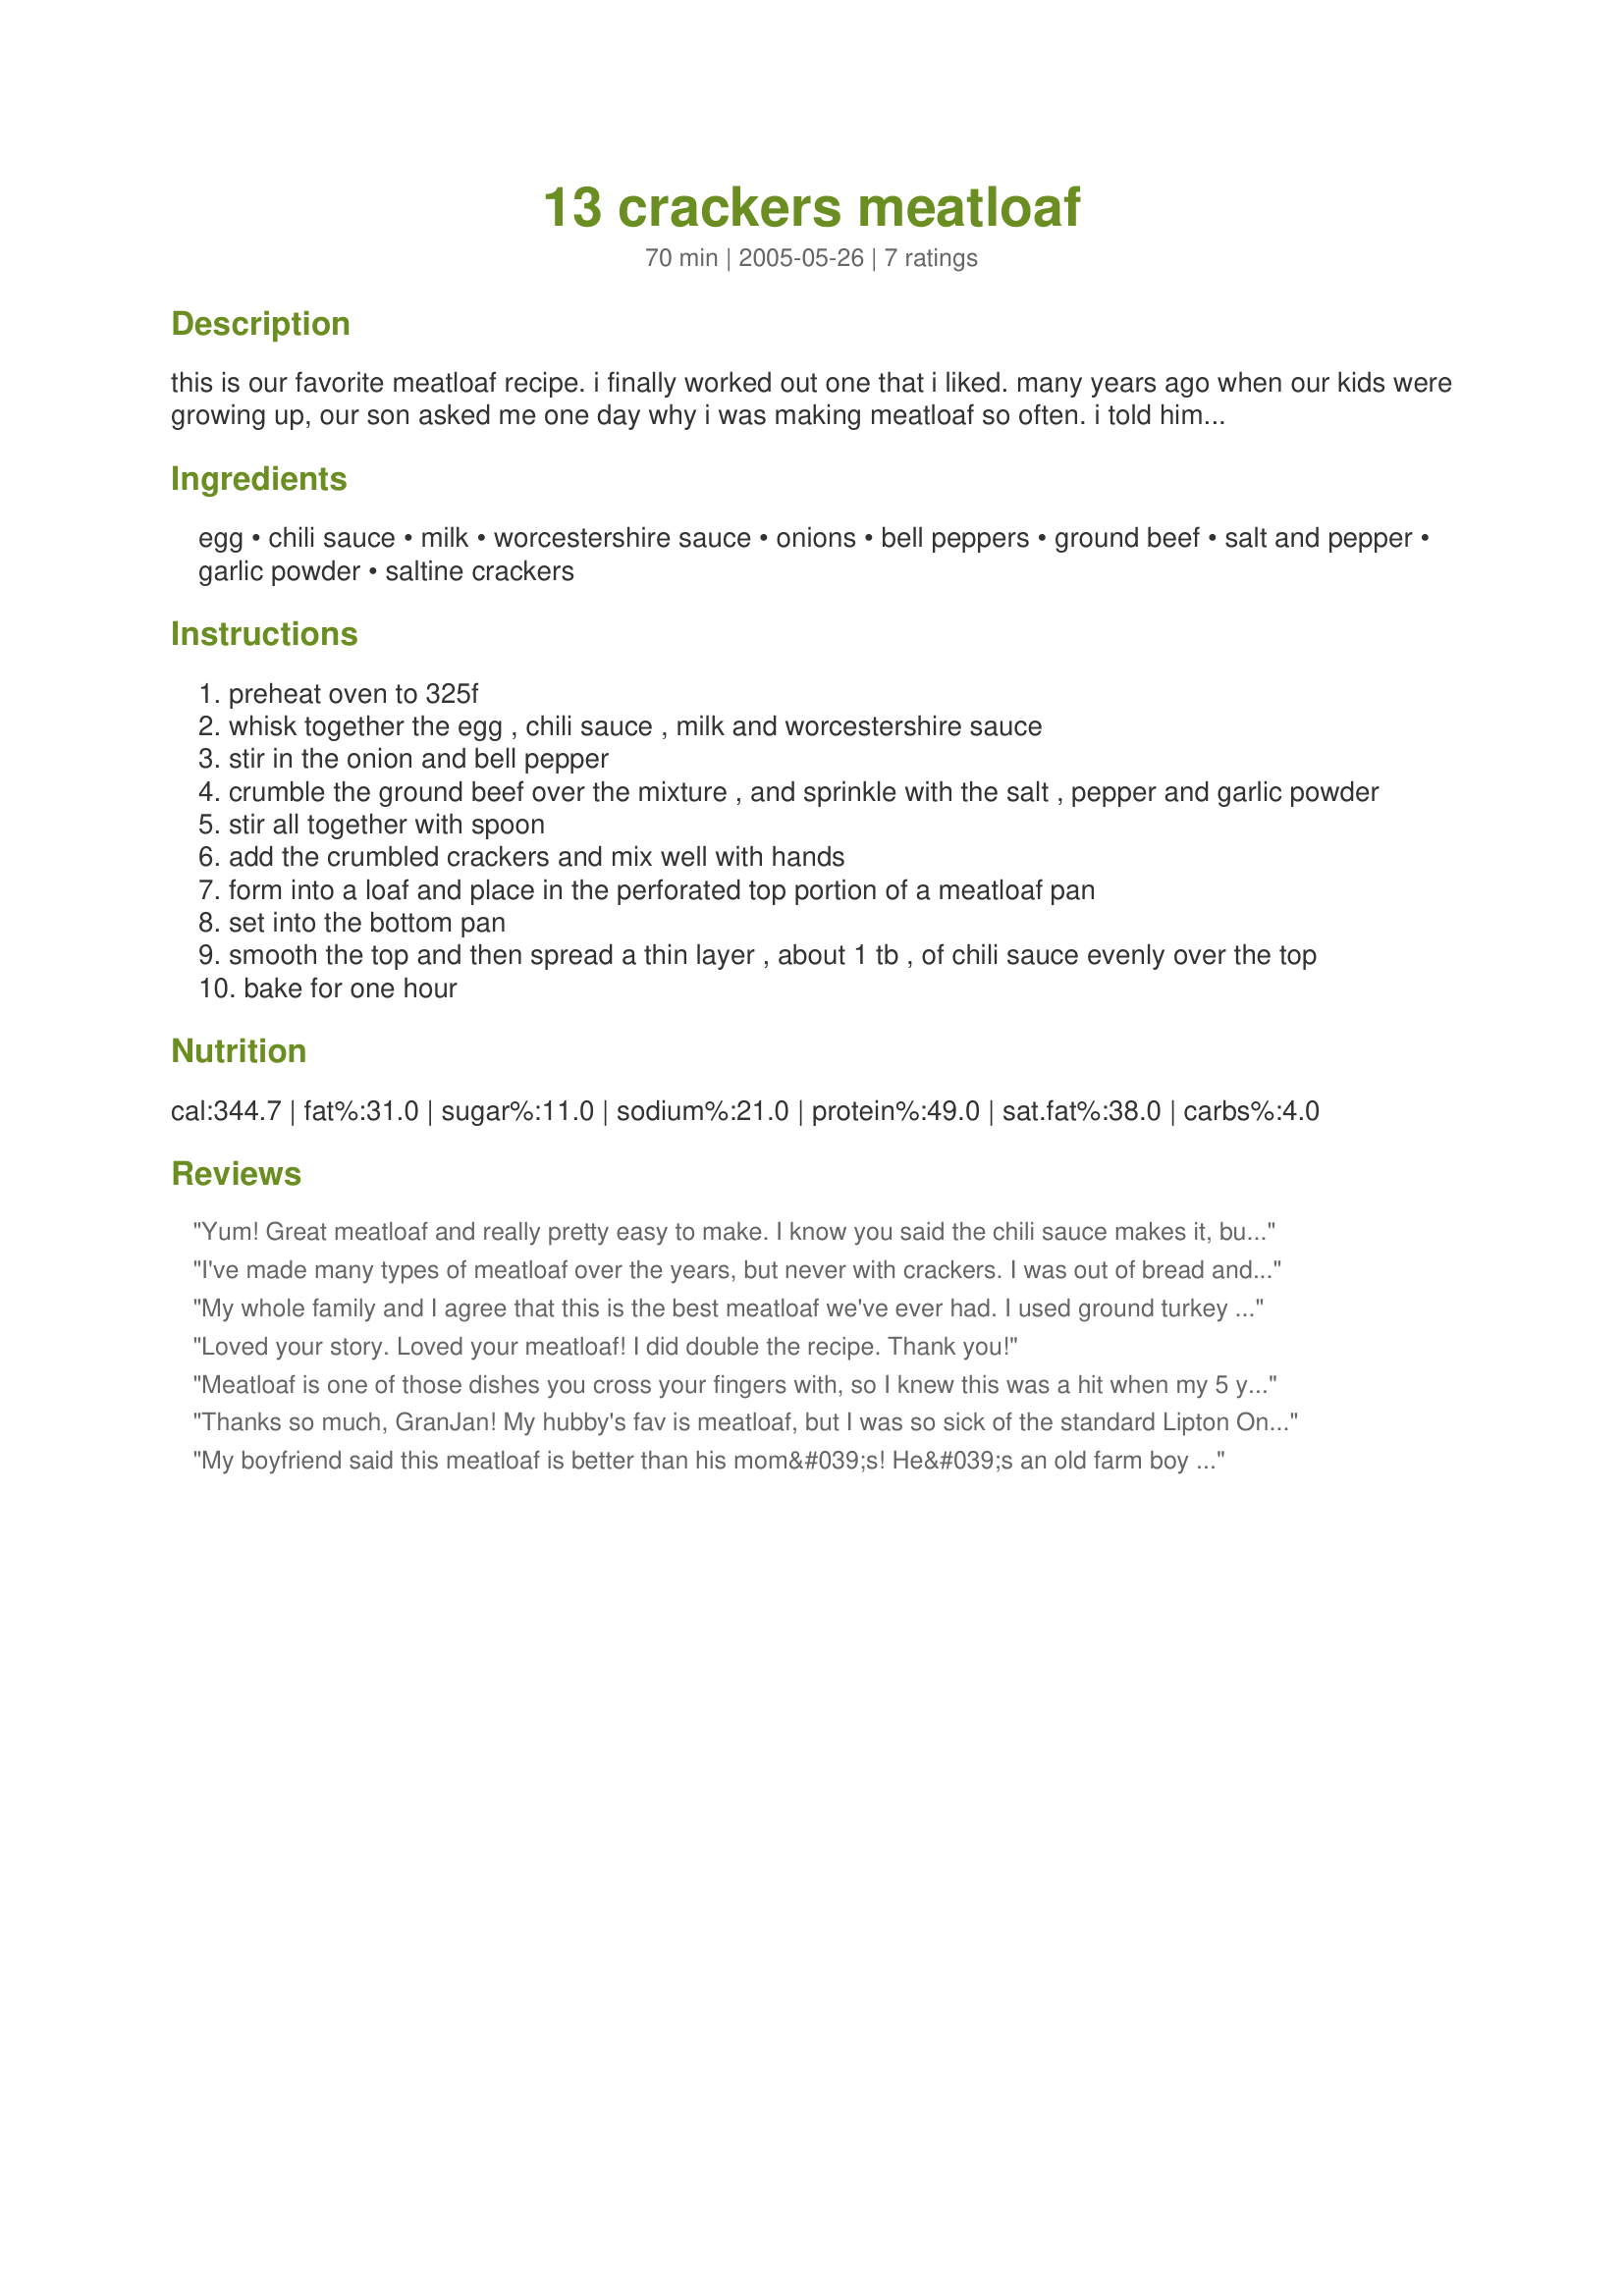
13 crackers meatloaf
Preparation time: 70 minutes

this is our favorite meatloaf recipe. i finally worked out one that i liked. many years ago when our kids were growing up, our son asked me one day why i was making meatloaf so often. i told him that i was trying to find one that i liked. he said he liked them all.
after i put this one together and we had it for dinner, i thought right away “this is the one!” when i changed from ketchup to chili sauce, it made all the difference.
this is a small meatloaf, as we are seniors now, and just the two of us left at home. it would be easy to double the recipe if you need a larger meatloaf. adjust the baking time however.

Ingredients:
egg, chili sauce, milk, worcestershire sauce, onions, bell peppers, ground beef, salt and pepper, garlic powder, saltine crackers

Steps:
preheat oven to 325f
whisk together the egg , chili sauce , milk and worcestershire sauce
stir in the onion and bell pepper
crumble the ground beef over the mixture , and sprinkle with the salt , pepper and garlic powder
stir all together with spoon
add the crumbled crackers and mix well with hands
form into a loaf and place in the perforated top portion of a meatloaf pan
set into the bottom pan
smooth the top and then spread a thin layer , about 1 tb , of chili sauce evenly over the top
bake for one hour

Reviews:
Yum! Great meatloaf and really pretty easy to make. I know you said the chili sauce makes it, but unfortunately we had some winter weather with no electricity for 4 days, so lost most the contents of my refrigerator including the chili sauce we had, so had to sub ketchup. I did throw in a little brown sugar and vinegar to try to make it more like chili sauce. It was still really delicious. Nice juicy, tender loaf. Will be made again! Made (really late) for Zaar cookbook tag game.
I've made many types of meatloaf over the years, but never with crackers. I was out of bread and breadcrumbs tonight and found your recipe. I think it's become my favorite one of all!!!

I made only a couple of slight changes... No bell peppers (I was out of that, too), extra onion, and 1 teaspoon of worcestershire sauce instead of 1/2 teaspoon.

Very easy and quick to make, and delicious!

Wayne
My whole family and I agree that this is the best meatloaf we've ever had. I used ground turkey for part of the beef, and did not add chili sauce to the mix, only layered sauce on top. Thank you for this great recipe!
Loved your story. Loved your meatloaf! I did double the recipe. Thank you!
Meatloaf is one of those dishes you cross your fingers with, so I knew this was a hit when my 5 yr old asked for seconds. It has been hard to get her to eat meat anymore as she is going through a picky stage where she prefers a simple diet of ice cream or jelly sandwiches...
For this recipe, I did not have chili sauce on hand so I used ketchup, my old standby. This time I used Heinz instead of the less expensive brands, and I could tell the difference, combined with the worcestershire, my meatloaf was bursting with flavor but not too tangy. I found the measurements for the bell pepper and onion to be the most helpful, and the crackers created an even texture throughout, better than with bread slices. I did not use garlic this time but am looking forward to trying GranJan's complete variation in the future, cause I know how sweet it is when chili sauce and ground beef get together! My meatloaf turned out perfect!
Thanks so much, GranJan! My hubby's fav is meatloaf, but I was so sick of the standard Lipton Onion Soup mix style. I tried this one night, and now it's pretty much a weekly dinner. It's the only meatloaf recipe I will actually eat! Whatever leftovers I have are used as mini meatballs in sauce for spaghetti nite. Thanks again!
My boyfriend said this meatloaf is better than his mom&#039;s! He&#039;s an old farm boy so I took that as a true compliment. I doubled the recipe and used a Tbs of wortestshire sauce. Instead of garlic powder, I used minced garlic- about a teaspoon. The chili sauce made it a bit sweet with some nice heat. It definitely is not your momma&#039;s meatloaf. Wonderful!
